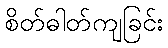
စိတ်ဓါတ်ကျခြင်း